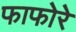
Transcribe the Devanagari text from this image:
फाफोरे